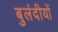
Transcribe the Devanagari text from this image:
बुलंदीयों